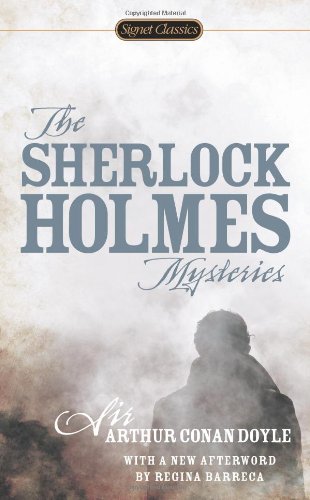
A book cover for The Sherlock Holmes Mysteries; Sir Arthur Conan Doyle; Mystery, Thriller & Suspense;